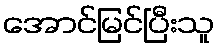
အောင်မြင်ပြီးသူ